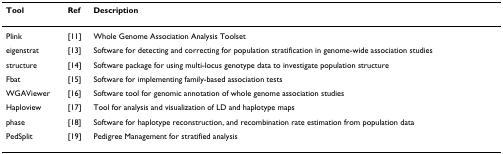
| Tool | Ref | Description |
 | --- | --- | --- |
 | Plink | [11] | Whole Genome Association Analysis Toolset |
 | eigenstrat | [13] | Software for detecting and correcting for population stratification in genome-wide association studies |
 | structure | [14] | Software package for using multi-locus genotype data to investigate population structure |
 | Fbat | [15] | Software for implementing family-based association tests |
 | WGAViewer | [16] | Software tool for genomic annotation of whole genome association studies |
 | Haploview | [17] | Tool for analysis and visualization of LD and haplotype maps |
 | phase | [18] | Software for haplotype reconstruction, and recombination rate estimation from population data |
 | PedSplit | [19] | Pedigree Management for stratified analysis |